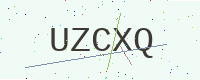
Text: UZCXQ